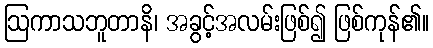
ဩကာသဘူတာနိ၊ အခွင့်အလမ်းဖြစ်၍ ဖြစ်ကုန်၏။